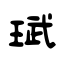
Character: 珷